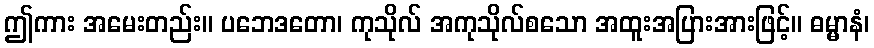
ဤကား အမေးတည်း။ ပဘေဒတော၊ ကုသိုလ် အကုသိုလ်စသော အထူးအပြားအားဖြင့်။ ဓမ္မာနံ၊